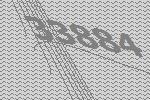
33884